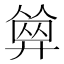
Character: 𢍩